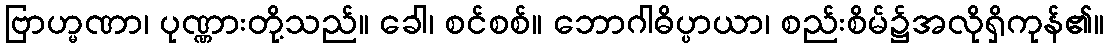
ဗြာဟ္မဏာ၊ ပုဏ္ဏားတို့သည်။ ခေါ၊ စင်စစ်။ ဘောဂါဓိပ္ပာယာ၊ စည်းစိမ်၌အလိုရှိကုန်၏။